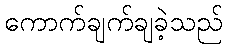
ကောက်ချက်ချခဲ့သည်